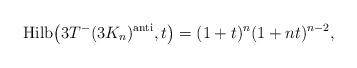
LaTeX: \begin{gather*}{\rm Hilb}\big(3T^{-}( 3 K_n)^{\rm anti},t\big) = (1+t)^n (1+n t)^{n-2} ,\end{gather*}